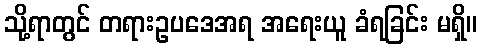
သို့ရာတွင် တရားဥပဒေအရ အရေးယူ ခံရခြင်း မရှိ။